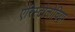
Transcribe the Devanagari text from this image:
एरिस्टोलोचिया